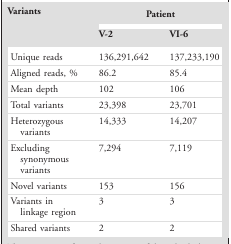
<table><thead><tr><td rowspan="2"><b>Variants</b></td><td colspan="2"><b>Patient</b></td></tr><tr><td><b>V-2</b></td><td><b>VI-6</b></td></tr></thead><tbody><tr><td>Unique reads</td><td>136,291,642</td><td>137,233,190</td></tr><tr><td>Aligned reads, %</td><td>86.2</td><td>85.4</td></tr><tr><td>Mean depth</td><td>102</td><td>106</td></tr><tr><td>Total variants</td><td>23,398</td><td>23,701</td></tr><tr><td>Heterozygous variants</td><td>14,333</td><td>14,207</td></tr><tr><td>Excluding synonymous variants</td><td>7,294</td><td>7,119</td></tr><tr><td>Novel variants</td><td>153</td><td>156</td></tr><tr><td>Variants in linkage region</td><td>3</td><td>3</td></tr><tr><td>Shared variants</td><td>2</td><td>2</td></tr></tbody></table>